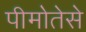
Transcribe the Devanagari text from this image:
पीमोतेसे